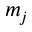
m _ { j }